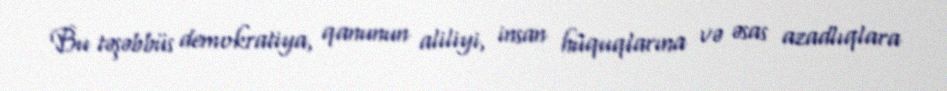
Bu təşəbbüs demokratiya, qanunun aliliyi, insan hüquqlarına və əsas azadlıqlara